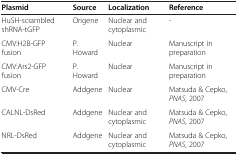
| Plasmid | Source | Localization | Reference |
 | --- | --- | --- | --- |
 | HuSH-scrambled shRNA-tGFP | Origene | Nuclear and cytoplasmic | - |
 | CMV:H2B-GFP fusion | P. Howard | Nuclear | Manuscript in preparation |
 | CMV:Ars2-GFP fusion | P. Howard | Nuclear | Manuscript in preparation |
 | CMV-Cre | Addgene | Nuclear | Matsuda & Cepko, PNAS, 2007 |
 | CALNL-DsRed | Addgene | Nuclear and cytoplasmic | Matsuda & Cepko, PNAS, 2007 |
 | NRL-DsRed | Addgene | Nuclear and cytoplasmic | Matsuda & Cepko, PNAS, 2007 |